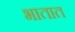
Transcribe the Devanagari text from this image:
भातात